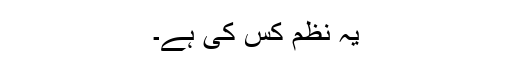
یہ نظم کس کی ہے۔